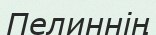
Пелиннің